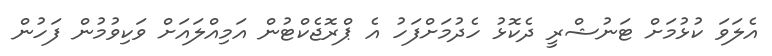
އެލަވަ ކުޅުމަށް ޓަނުޝްރީ ދެކޮޅު ހެދުމަށްފަހު އެ ޕްރޮޖެކްޓުން އަމިއްލައަށް ވަކިވުމުން ފަހުން